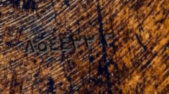
٨٥٤٤٣٣٠٢